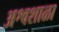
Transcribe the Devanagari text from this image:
अश्वशाळा